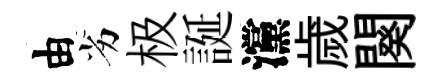
由劣极誕灙歲闋